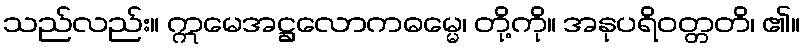
သည်လည်း။ ဣမေအဋ္ဌလောကဓမ္မေ၊ တို့ကို။ အနုပရိဝတ္တတိ၊ ၏။